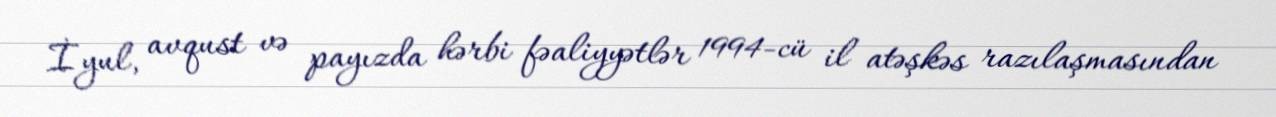
İyul, avqust və payızda hərbi fəaliyyətlər 1994-cü il atəşkəs razılaşmasından